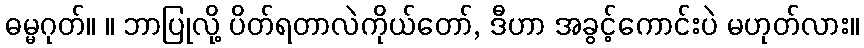
ဓမ္မဂုတ်။ ။ ဘာပြုလို့ ပိတ်ရတာလဲကိုယ်တော်, ဒီဟာ အခွင့်ကောင်းပဲ မဟုတ်လား။